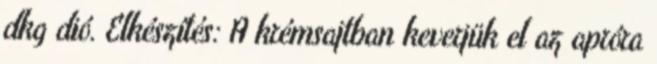
dkg dió. Elkészítés: A krémsajtban keverjük el az apróra